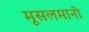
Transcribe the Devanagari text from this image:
मूसलमानी